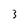
Character: 3